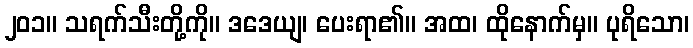
၂၀၁။ သရက်သီးတို့ကို။ ဒဒေယျ၊ ပေးရာ၏။ အထ၊ ထိုနောက်မှ။ ပုရိသော၊